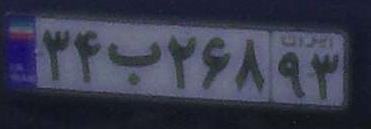
۳۴ب۲۶۸۹۳